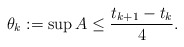
\begin{align*}\theta_k:=\sup A\leq \frac{t_{k+1}-t_k}{4}.\end{align*}